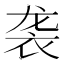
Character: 袭